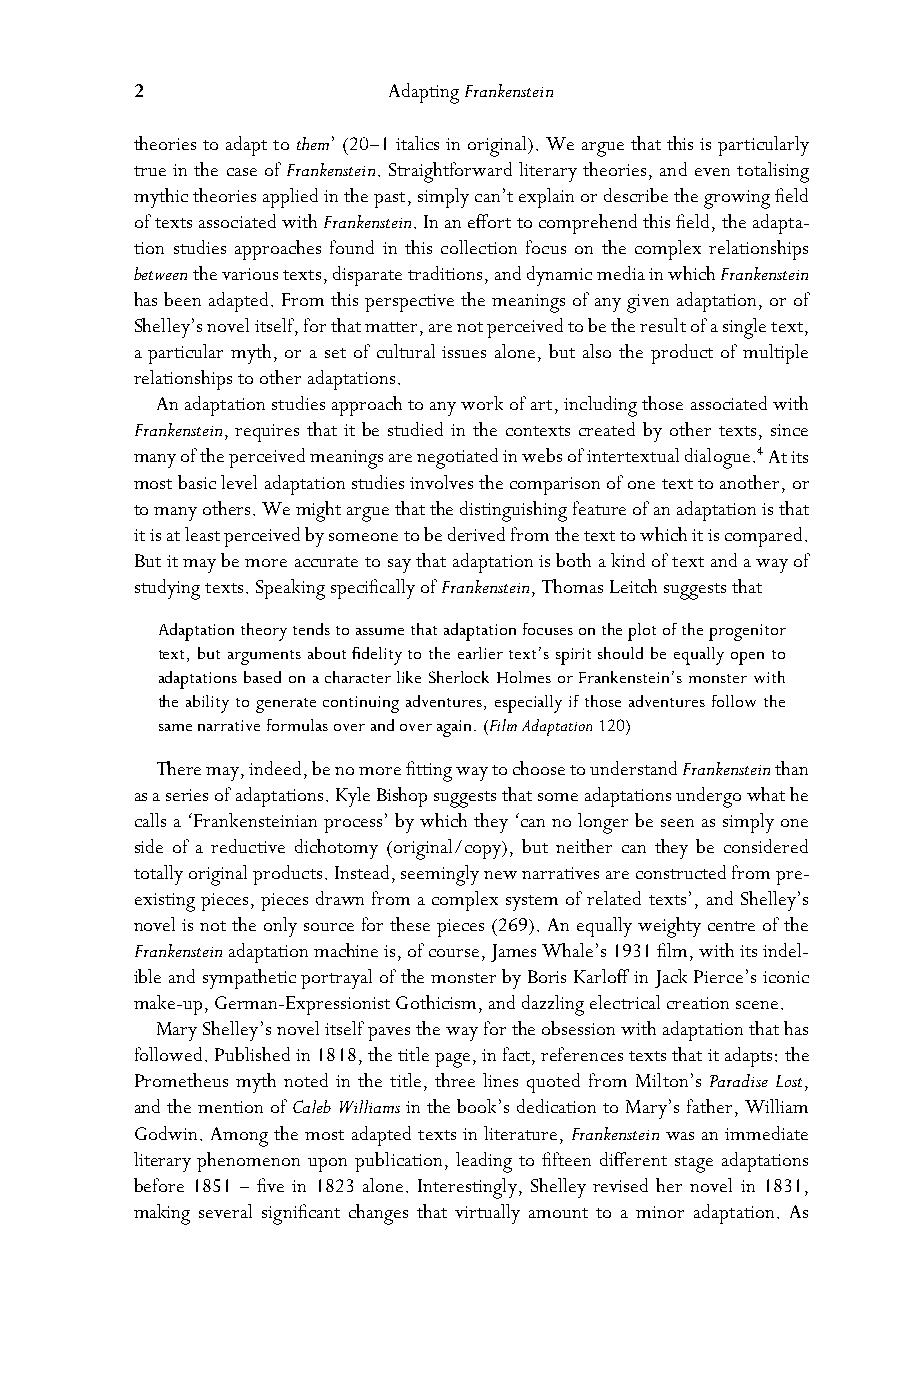
2                Adapting Frankenstein
 theories to adapt to them’ (20–1 italics in original). We argue that this is particularly
 true in the case of Frankenstein. Straightforward literary theories, and even totalising
 mythic theories applied in the past, simply can’t explain or describe the growing field
 of texts associated with Frankenstein. In an effort to comprehend this field, the adapta-
 tion studies approaches found in this collection focus on the complex relationships
 between the various texts, disparate traditions, and dynamic media in which Frankenstein
 has been adapted. From this perspective the meanings of any given adaptation, or of
 Shelley’s novel itself, for that matter, are not perceived to be the result of a single text,
 a particular myth, or a set of cultural issues alone, but also the product of multiple
 relationships to other adaptations.
 An adaptation studies approach to any work of art, including those associated with
 Frankenstein, requires that it be studied in the contexts created by other texts, since
 many of the perceived meanings are negotiated in webs of intertextual dialogue.4 At its
 most basic level adaptation studies involves the comparison of one text to another, or
 to many others. We might argue that the distinguishing feature of an adaptation is that
 it is at least perceived by someone to be derived from the text to which it is compared.
 But it may be more accurate to say that adaptation is both a kind of text and a way of
 studying texts. Speaking specifically of Frankenstein, Thomas Leitch suggests that
 Adaptation theory tends to assume that adaptation focuses on the plot of the progenitor
 text, but arguments about fidelity to the earlier text’s spirit should be equally open to
 adaptations based on a character like Sherlock Holmes or Frankenstein’s monster with
 the ability to generate continuing adventures, especially if those adventures follow the
 same narrative formulas over and over again. (Film Adaptation 120)
 There may, indeed, be no more fitting way to choose to understand Frankenstein than
 as a series of adaptations. Kyle Bishop suggests that some adaptations undergo what he
 calls a ‘Frankensteinian process’ by which they ‘can no longer be seen as simply one
 side of a reductive dichotomy (original/copy), but neither can they be considered
 totally original products. Instead, seemingly new narratives are constructed from pre-
 existing pieces, pieces drawn from a complex system of related texts’, and Shelley’s
 novel is not the only source for these pieces (269). An equally weighty centre of the
 Frankenstein adaptation machine is, of course, James Whale’s 1931 film, with its indel-
 ible and sympathetic portrayal of the monster by Boris Karloff in Jack Pierce’s iconic
 make-up, German-Expressionist Gothicism, and dazzling electrical creation scene.
 Mary Shelley’s novel itself paves the way for the obsession with adaptation that has
 followed. Published in 1818, the title page, in fact, references texts that it adapts: the
 Prometheus myth noted in the title, three lines quoted from Milton’s Paradise Lost,
 and the mention of Caleb Williams in the book’s dedication to Mary’s father, William
 Godwin. Among the most adapted texts in literature, Frankenstein was an immediate
 literary phenomenon upon publication, leading to fifteen different stage adaptations
 before 1851 – five in 1823 alone. Interestingly, Shelley revised her novel in 1831,
 making several significant changes that virtually amount to a minor adaptation. As